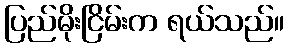
ပြည်မိုးငြိမ်းက ရယ်သည်။